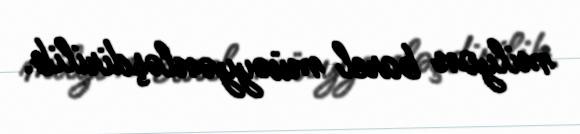
milyon barel müəyyənləşdirilib.